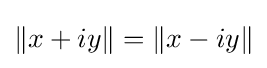
\Vert x+iy\Vert =\Vert x-iy\Vert